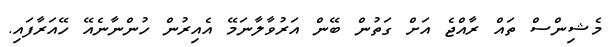
މެޝިންސް ތައް ރާއްޖެ އަށް ގަތުން ބޭން އަރުވާލާނަމޭ އެއިރުން ހުންނާނެއޭ ހޭއަރާފައި.